Leaving Certificate Examination (including Day School Certificate (Higher) General paper), 1930
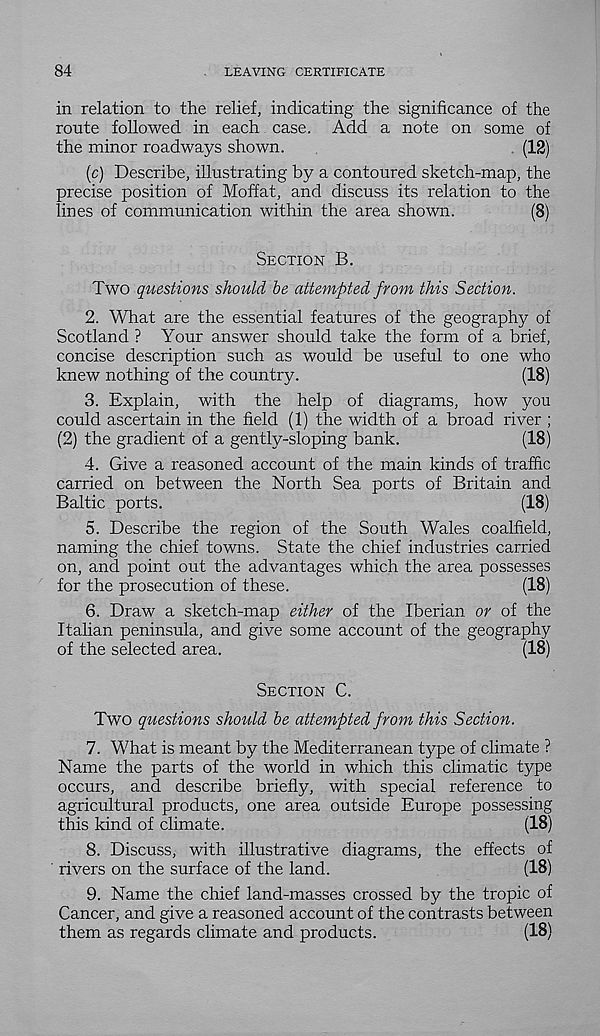
84
LEAVING CERTIFICATE
in relation to the relief, indicating the significance of the
route followed in each case. Add a note on some of
the minor roadways shown.
(12)
(c) Describe, illustrating by a contoured sketch-map, the
precise position of Moffat, and discuss its relation to the
lines of communication within the area shown.
(8)
Section B.
Two questions should be attempted from this Section.
2. What are the essential features of the geography of
Scotland ? Your answer should take the form of a brief,
concise description such as would be useful to one who
knew nothing of the country.
(18)
3. Explain, with the help of diagrams, how you
could ascertain in the field (1) the width of a broad river ;
(2) the gradient of a gently-sloping bank.
(18)
4. Give a reasoned account of the main kinds of traffic
carried on between the North Sea ports of Britain and
Baltic ports.
(18)
5. Describe the region of the South Wales coalfield,
naming the chief towns. State the chief industries carried
on, and point out the advantages which the area possesses
for the prosecution of these.
(18)
6. Draw a sketch-map either of the Iberian or of the
Italian peninsula, and give some account of the geography
of the selected area.
(18)
Section C.
Two questions should be attempted from this Section.
7. What is meant by the Mediterranean type of climate ?
Name the parts of the world in which this climatic type
occurs, and describe briefly, with special reference to
agricultural products, one area outside Europe possessing
this kind of climate.
(18)
8. Discuss, with illustrative diagrams, the effects of
' rivers on the surface of the land.
(18)
9. Name the chief land-masses crossed by the tropic of
Cancer, and give a reasoned account of the contrasts between
them as regards climate and products.
(18)